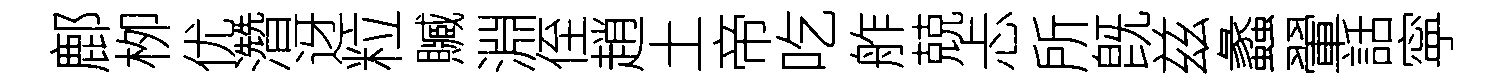
鄜栁优濳迓粒贓淵侄趙土帝吃舴兢忐所旣兹蠡翬話寜